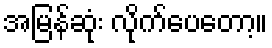
အမြန်ဆုံး လိုက်ပေတော့။